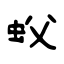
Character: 蚥